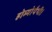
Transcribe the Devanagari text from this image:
होम्योपैथी।